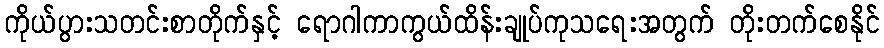
ကိုယ်ပွားသတင်းစာတိုက်နှင့် ရောဂါကာကွယ်ထိန်းချုပ်ကုသရေးအတွက် တိုးတက်စေနိုင်